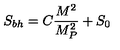
S _ { b h } = C \frac { M ^ { 2 } } { M _ { P } ^ { 2 } } + S _ { 0 }